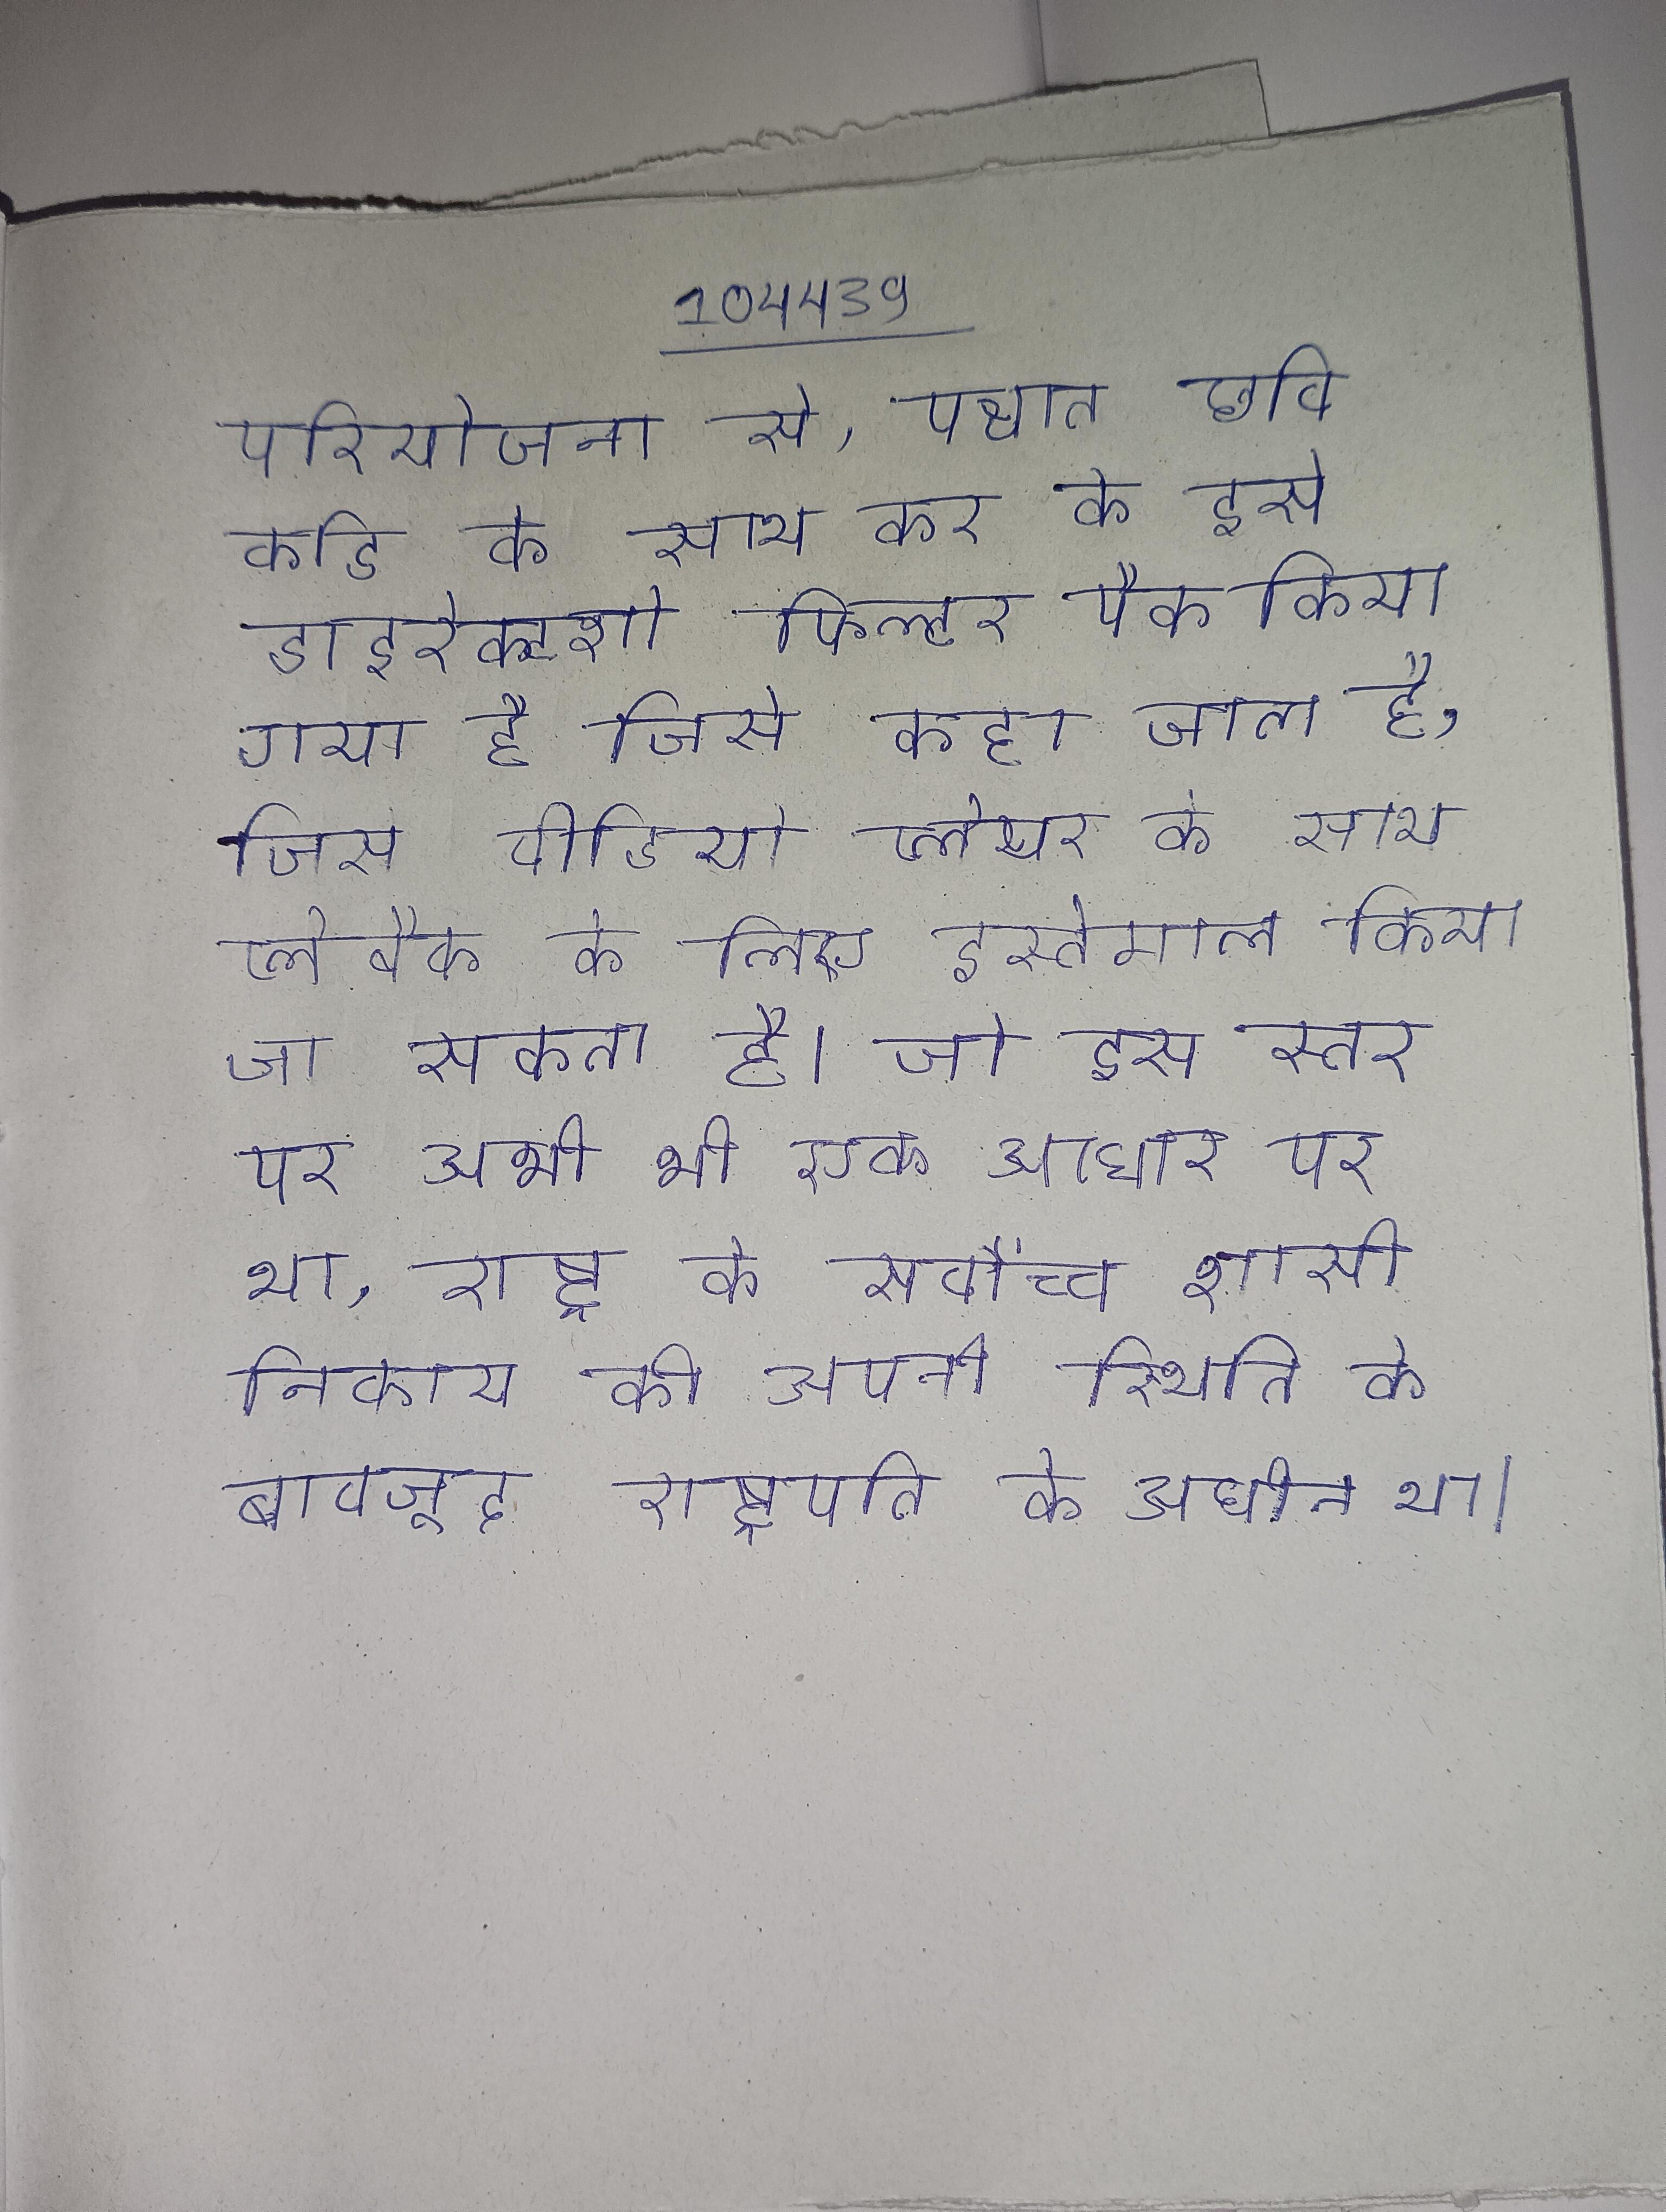
परियोजना से, पश्चात छवि कोड के साथ कर के इसे डाइरेक्टशो फिल्टर पैक किया गया है जिसे कहा जाता है, जिसे वीडियो प्लेयर के साथ प्लेबैक के लिए इस्तेमाल किया जा सकता है । जो इस स्तर पर अभी भी एक आधार पर था, राष्ट्र के सर्वोच्च शासी निकाय की अपनी स्थिति के बावजूद राष्ट्रपति के अधीन था ।